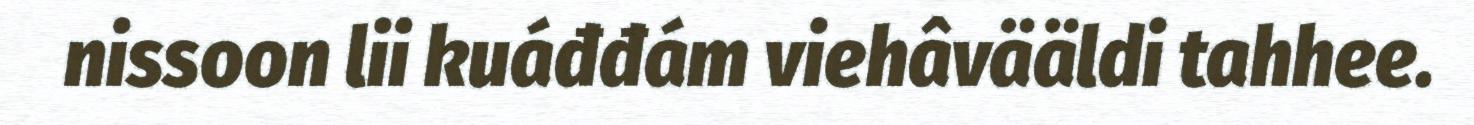
nissoon lii kuáđđám viehâvääldi tahhee.